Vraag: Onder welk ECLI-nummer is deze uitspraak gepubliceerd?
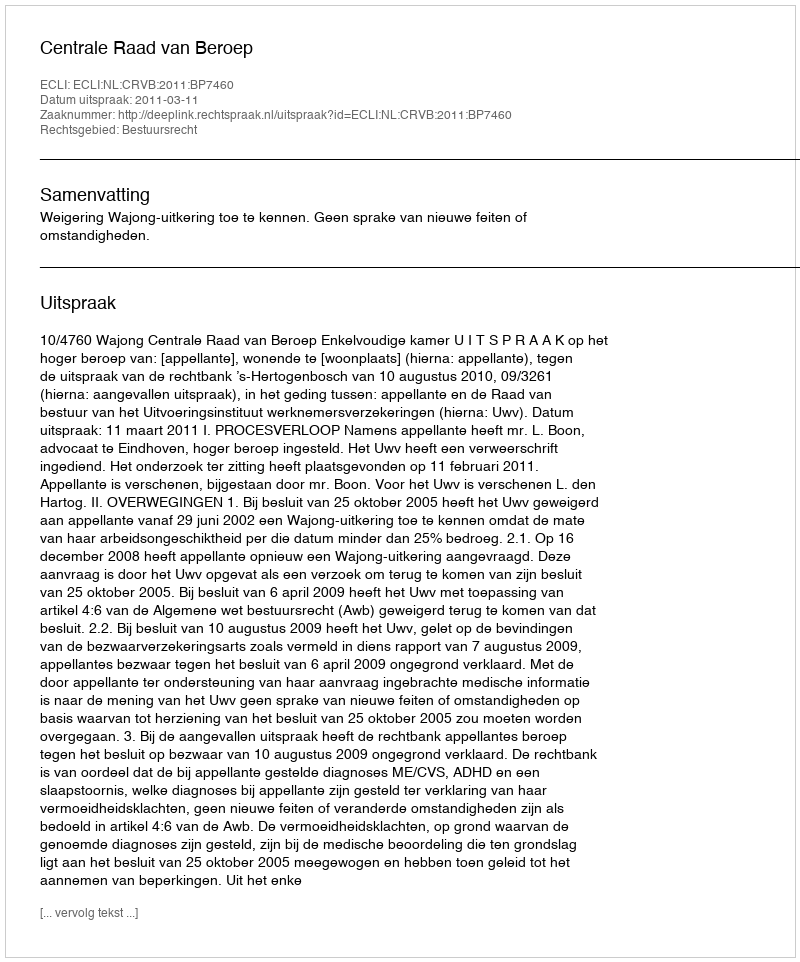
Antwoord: ECLI:NL:CRVB:2011:BP7460